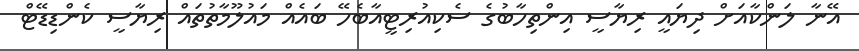
އޭނާ ލަންކާއަށް ދިޔައީ ރިޔާސީ އިންތިހާބުގެ ސެކިއުރިޓީއާބެހޭ ބައެއް މައުލޫމާތުތައް ރިޔާސީ ކެންޑިޑޭޓް